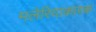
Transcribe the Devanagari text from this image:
मलेरियाकारक